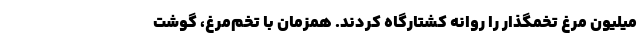
میلیون مرغ تخمگذار را روانه کشتارگاه کردند. همزمان با تخم‌مرغ، گوشت